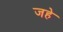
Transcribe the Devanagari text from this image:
जहे